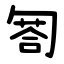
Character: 匒